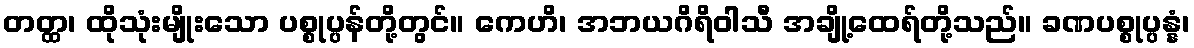
တတ္ထ၊ ထိုသုံးမျိုးသော ပစ္စုပ္ပန်တို့တွင်။ ကေဟိ၊ အဘယဂိရိဝါသီ အချို့ထေရ်တို့သည်။ ခဏပစ္စုပ္ပန္နံ၊